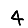
Digit: 4